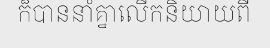
ក៏បាននាំគ្នាលើកនិយាយពី